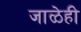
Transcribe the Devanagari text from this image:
जाळेही